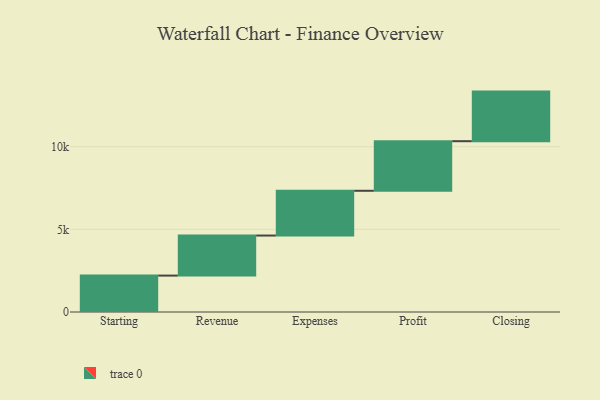
{"axis": {"x": "Step", "y": "Value"}, "legend": [""], "data": [{"x": "Starting", "y": 2203.0, "type": ""}, {"x": "Revenue", "y": 2423.0, "type": ""}, {"x": "Expenses", "y": 2708.0, "type": ""}, {"x": "Profit", "y": 3000, "type": ""}, {"x": "Closing", "y": 3000, "type": ""}]}